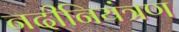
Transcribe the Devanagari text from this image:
नदीनियंत्रण